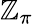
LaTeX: \mathbb{Z}_{\pi}